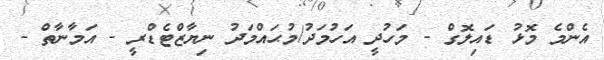
އެންމެ މޮޅު ޑައިލޮގް - މަހުދީ އަހުމަދު/މުޙައްމަދު ނިޔާޒްޓެޑްރީ - އަމާނާތް -